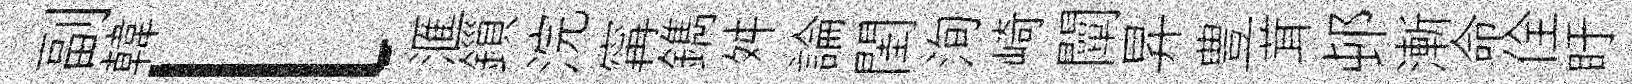
副韓l滙鎻浣𡩋鐫舛論閨洵崎闡昇豊茸邨漸命佺盱